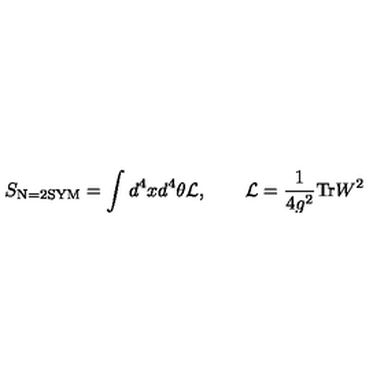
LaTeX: S _ { \mathrm { \scriptsize N = 2 S Y M } } = \int d ^ { 4 } x d ^ { 4 } \theta { \cal L } , \qquad { \cal L } = \frac { 1 } { 4 g ^ { 2 } } \mathrm { T r } W ^ { 2 }